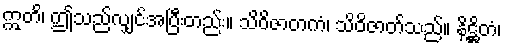
ဣတိ၊ ဤသည်လျှင်အပြီးတည်း။ သိဝိဇာတကံ၊ သိဝိဇာတ်သည်။ နိဋ္ဌိတံ၊